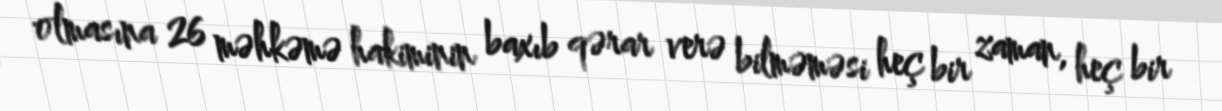
olmasına 26 məhkəmə hakiminin baxıb qərar verə bilməməsi heç bir zaman, heç bir